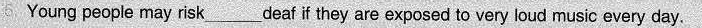
6.Young people may risk___deaf if they are exposed to very loud music every day.